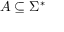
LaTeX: A \subseteq \Sigma ^ { * }